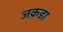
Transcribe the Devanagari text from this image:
जक़डा